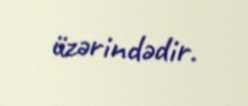
üzərindədir.